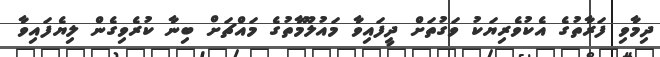
ދިމާވި ފަރާތުގެ އެކުވެރިޔަކު ވަގުތަށް ދީފައިވާ މައުލޫމާތުގެ މައްޗަށް ބިނާ ކުރެވިގެން ލިޔެފައިވާ